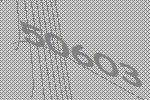
50603